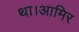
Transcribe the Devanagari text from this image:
था।आमिर